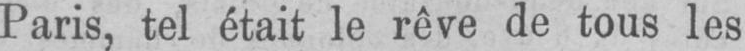
Paris, tel était le rêve de tous les